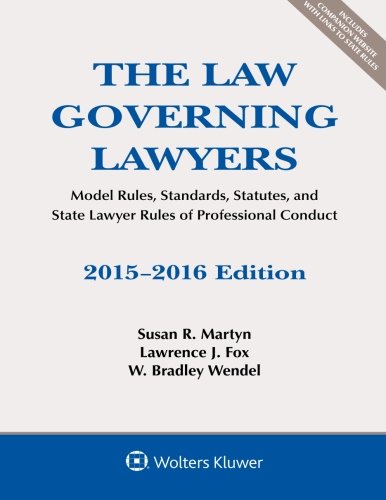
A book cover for The Law Governing Lawyers: Model Rules, Standards, Statutes, and State Lawyer Rules of Professional Conduct; Susan R. Martyn; Law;